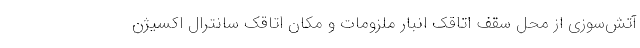
آتش‌سوزی از محل سقف اتاقک انبار ملزومات و مکان اتاقک سانترال اکسیژن